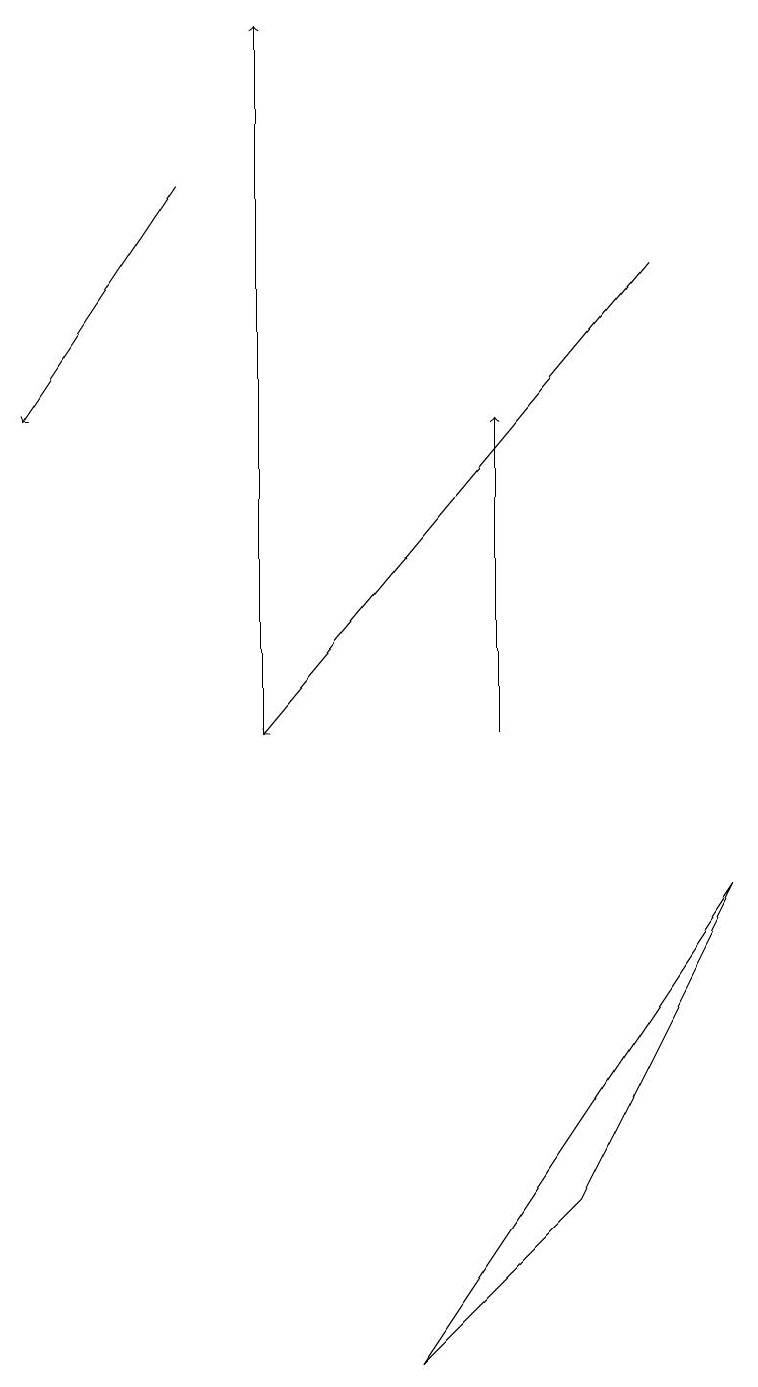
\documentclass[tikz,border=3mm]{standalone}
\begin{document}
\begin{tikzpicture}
\draw[->] (6,10) -- (6,14);
\draw (9,8) -- (7,4) -- (5,2) -- cycle;
\draw[->] (3,10) -- (3,19);
\draw[->] (2,17) -- (0,14);
\draw[->] (8,16) -- (3,10);
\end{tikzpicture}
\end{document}